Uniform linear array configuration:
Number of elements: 12
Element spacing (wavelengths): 0.75
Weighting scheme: exponential
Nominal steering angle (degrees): -15
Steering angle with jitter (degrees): -16.619
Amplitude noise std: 0.05
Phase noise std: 0.05

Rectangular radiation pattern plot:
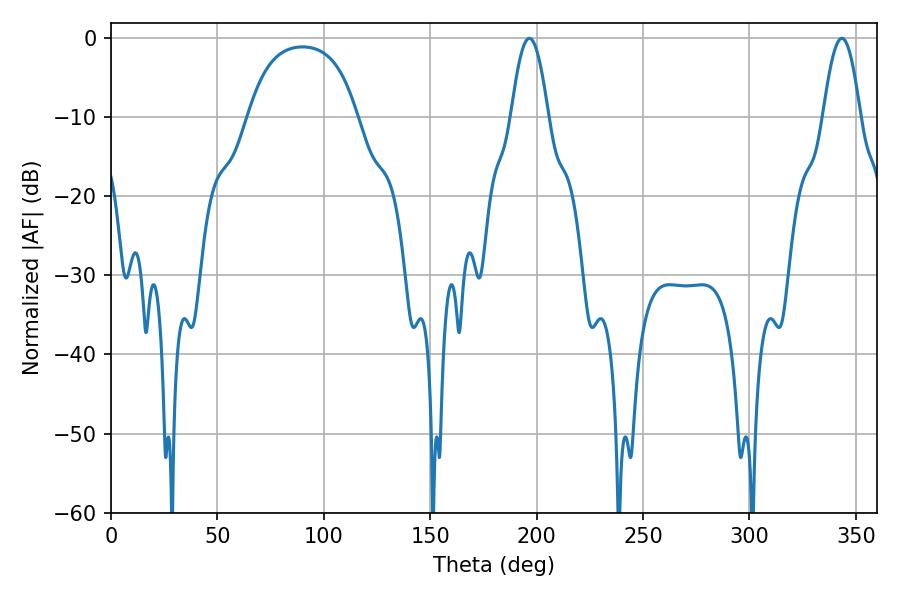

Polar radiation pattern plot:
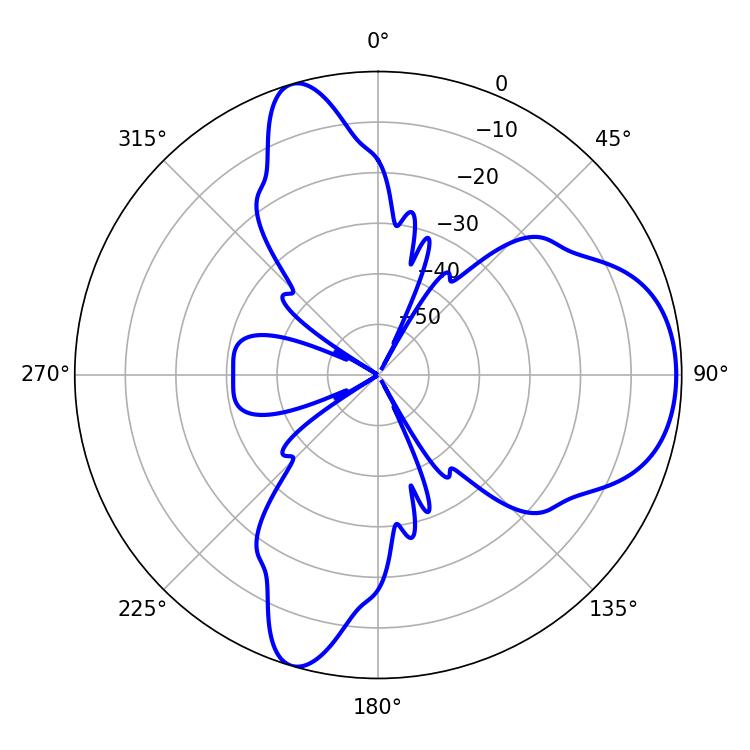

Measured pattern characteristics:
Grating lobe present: TRUE
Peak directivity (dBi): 7.402
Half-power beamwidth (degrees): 9.54
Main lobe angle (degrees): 196.56